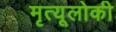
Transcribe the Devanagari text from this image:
मृत्यूलोकी